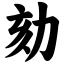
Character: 劾